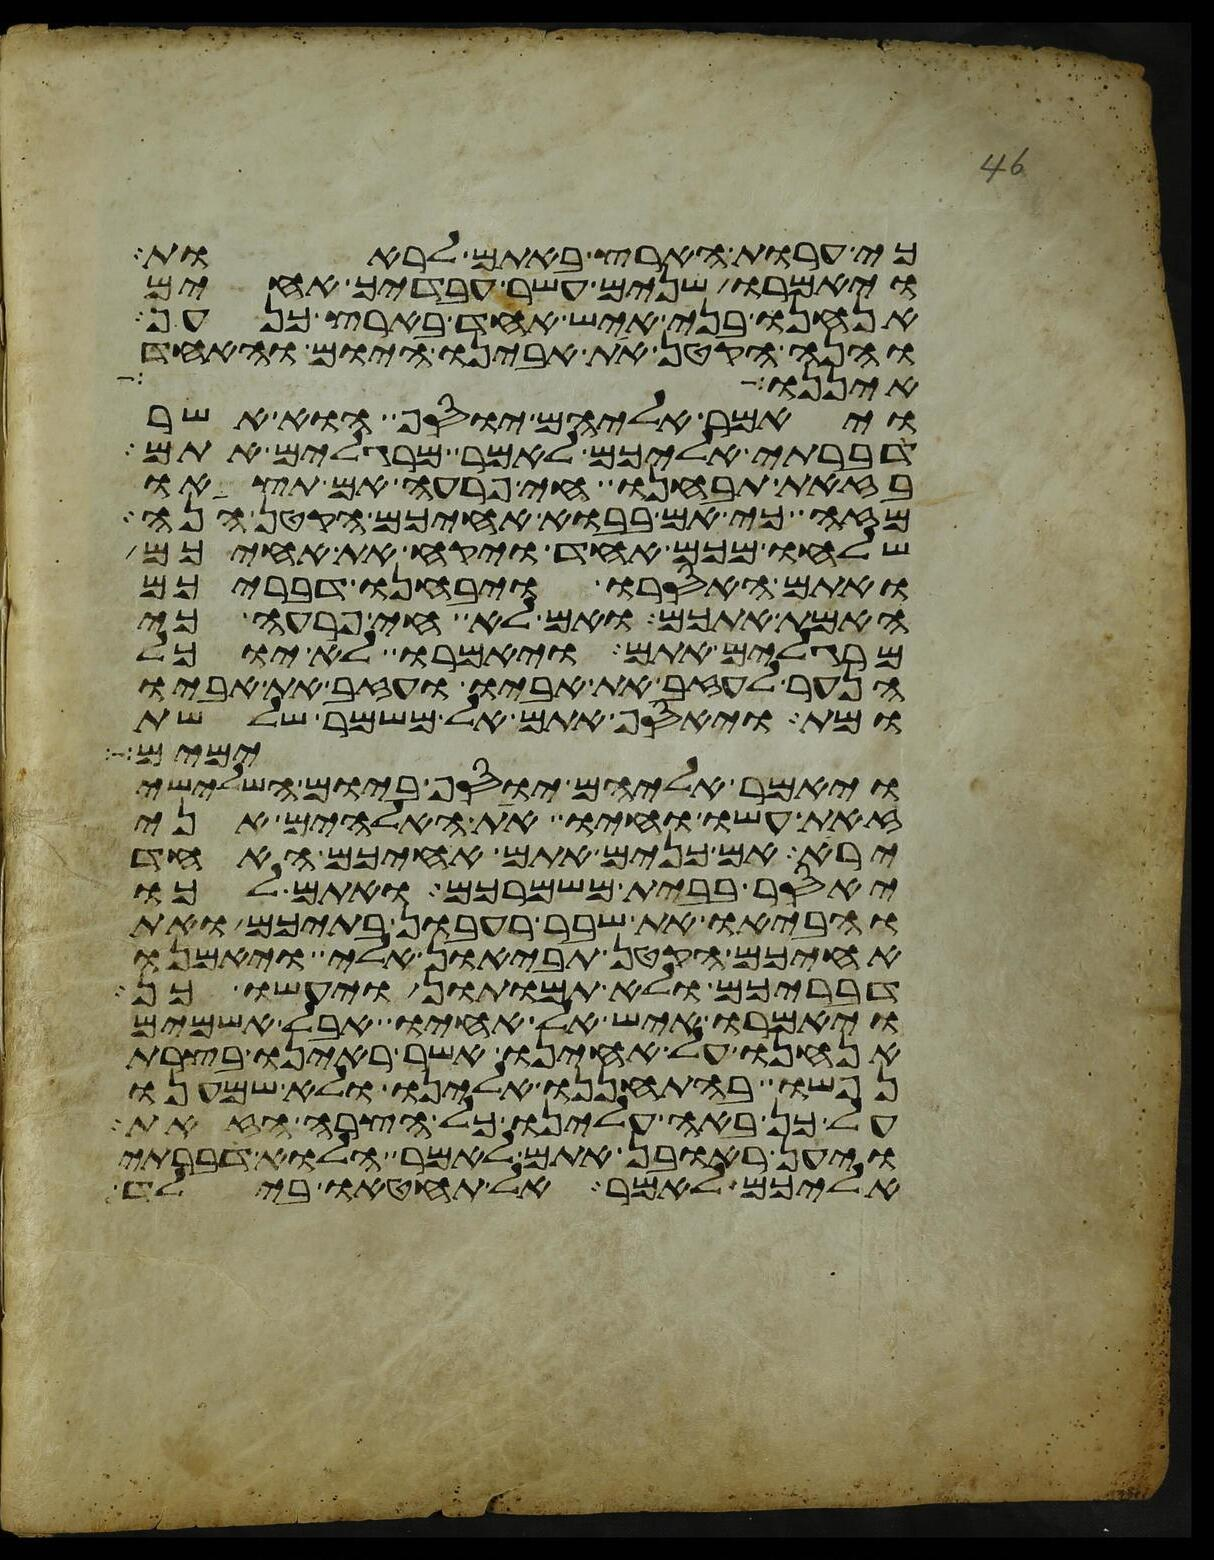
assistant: כי ערות הארץ באתם לראות
ויאמרו שנים עשר עבדיך אחים
אנחנו בני איש אחד בארץ כנען
והנה הקטן את אבינו היום והאחד
איננו
ויאמר אליהם יוסף הוא אשר
דברתי אליכם לאמר מרגלים אתם
בזאת תבחנו חי פרעה אם תצאו
מזה כי אם בבוא אחיכם הקטן הנה
שלחו מכם אחד ויקח את אחיכם
ואתם האסרו ויבחנו דבריכם
האמת אתכם ואם לא חי פרעה כי
מרגלים אתם ויאמרו לא יוכל
הנער לעזב את אביו ועזב את אביו
ומת ויאסף אתם אל משמר שלשת
ימים
ויאמר אליהם יוסף ביום השלישי
זאת עשו וחיו את האלהים אני
ירא אם כנים אתם אחיכם האחד
יאסר בבית משמרכם ואתם לכו
והביאו את שבר רעבון בתיכם ואת
אחיכם הקטן תביאון אלי ויאמנו
דבריכם ולא תמותון ויעשו כן
ויאמרו איש אל אחיו אבל אשמים
אנחנו על אחינו אשר ראינו בצרת
נפשו בהתחננו אלינו ולא שמענו
על כן באה עלינו כל הצרה הזאת
ויען ראובן אתם לאמר הלוא דברתי
אליכם לאמר אל תחטאו בילד